Note on the mental hospitals in Burma - 1925-1940
Year: 1925
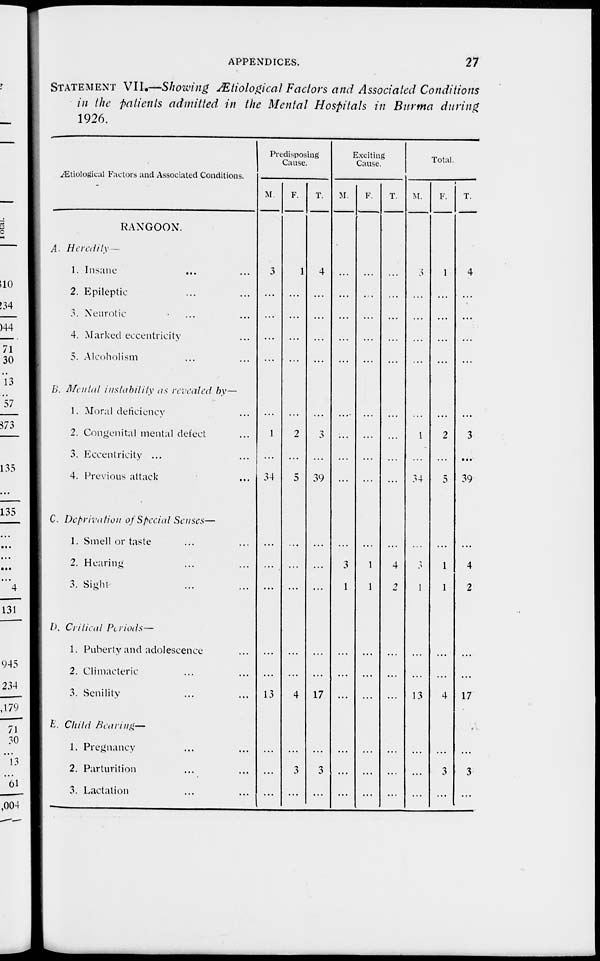
APPENDICES.
27
STATEMENT VII.—Showing Ætiological Factors and Associated Conditions
in the patients admitted in the Mental Hospitals in Burma during
1926.
Ætiological Factors and Associated Conditions.
RANGOON.
A. Heredity —
1. Insane
...
...
2. Epileptic ... ...
3. Neurotic ... ...
4. Marked eccentricity ...
5. Alcoholism ... ...
B. Mental instability as revealed by—
1. Moral deficiency ...
2. Congenital mental defect ...
3. Eccentricity ... ...
4. Previous attack ...
C. Deprivation of Special Senses—
1. Smell or taste ... ...
2. Hearing ... ...
3. Sight ... ...
D. Critical Periods—
1. Puberty and adolescence ...
2. Climacteric ... ...
3. Senility ... ...
E. Child Bearing—
1. Pregnancy ... ...
2. Parturition ... ...
3. Lactation ... ...
Predisposing
Cause.
M.
3
...
...
...
...
...
1
...
34
...
...
...
...
...
13
...
...
...
F.
1
...
...
...
...
...
2
...
5
...
...
...
...
...
4
...
3
...
T.
4
...
...
...
...
...
3
...
39
...
...
...
...
...
17
...
3
...
Exciting
Cause.
M.
...
...
...
...
...
...
...
...
...
...
3
1
...
...
...
...
...
...
F.
...
...
...
...
...
...
...
...
...
...
1
1
...
...
...
...
...
...
T.
...
...
...
...
...
...
...
...
...
...
4
2
...
...
...
...
...
...
Total.
M.
3
...
...
...
...
...
1
...
34
...
3
1
...
...
13
...
...
...
F.
1
...
...
...
...
...
2
...
5
...
1
1
...
...
4
...
3
...
T.
4
...
...
...
...
...
3
...
39
...
4
2
...
...
17
...
3
...